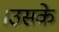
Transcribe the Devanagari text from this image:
।उसके